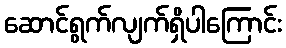
ဆောင်ရွက်လျက်ရှိပါကြောင်း